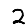
Digit: 2